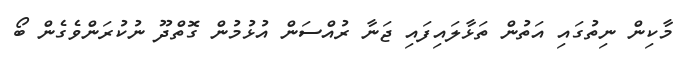
މާކިން ނިތުގައި އަތުން ތަޅާލައިފައި ޖަނާ ރުއްސަން އުޅުމުން ގޮތްދޫ ނުކުރަންވެގެން ބޯ